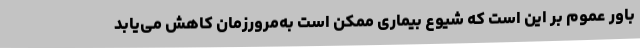
باور عموم بر این است که شیوع بیماری ممکن است به‌مرورزمان کاهش می‌یابد